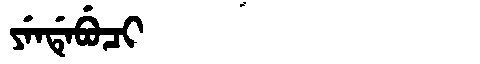
Manchu: ᠶᡝᠨᡩᡝᠪᡠᠴᡳ
Romanization: YENDEBUCI